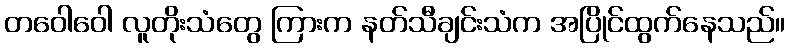
တဝေါဝေါ လူတိုးသံတွေ ကြားက နတ်သီချင်းသံက အပြိုင်ထွက်နေသည်။